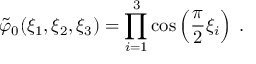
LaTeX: \tilde { \varphi } _ { 0 } ( \xi _ { 1 } , \xi _ { 2 } , \xi _ { 3 } ) = \prod _ { i = 1 } ^ { 3 } \cos \left( \frac { \pi } { 2 } \xi _ { i } \right) \; .